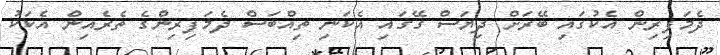
ދެމަަފިރިން އެކުގައި ބޭރަށް ދިޔަސް ގޭގައި އެކަނި ތިއްބަސް ދެމަފިރިންގެ ތެރެއިން އެކަކު